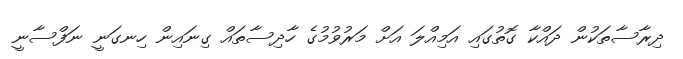
ދިރާސާތަކުން ދައްކާ ގޮތުގައި އަމިއްލަ އަށް މަރުވުމުގެ ހާދިސާތައް ގިނައިން ހިނގަނީ ނަފްސާނީ